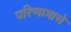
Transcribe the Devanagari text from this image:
परिणामाचे